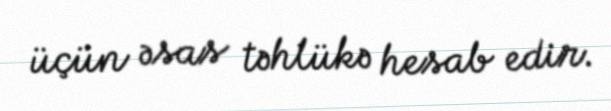
üçün əsas təhlükə hesab edir.